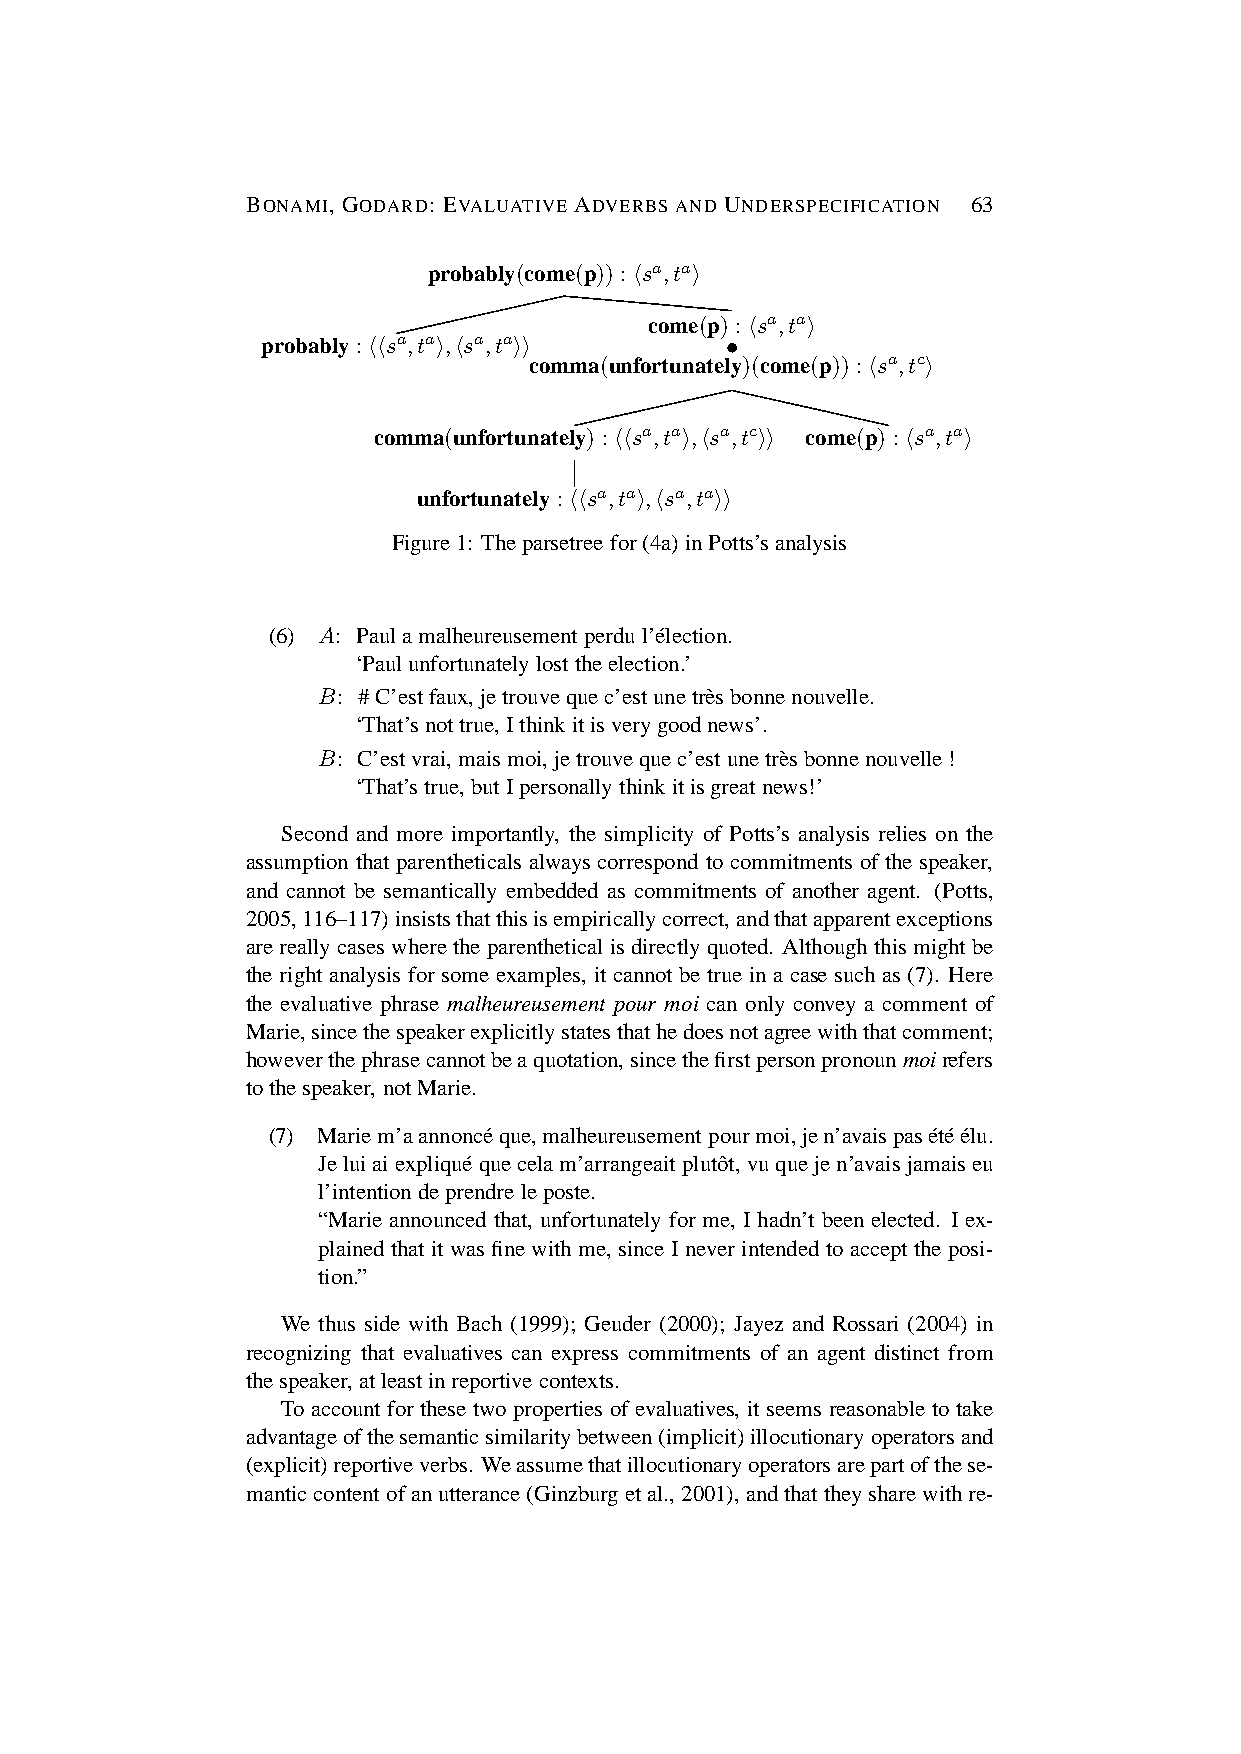
BONAMI, GODARD: EVALUATIVE ADVERBS AND UNDERSPECIFICATION 63
 probably(come(p)) :hsa,tai
 come(p) :hsa,tai
 probably :hhsa,tai,hsa,taii    •
 comma(unfortunately)(come(p)) :hsa,tci
 comma(unfortunately) :hhsa,tai,hsa,tcii come(p) :hsa,tai
 unfortunately :hhsa,tai,hsa,taii
 Figure1: Theparsetree for(4a)inPotts’sanalysis
 (6) A: Paulamalheureusement perdul’e´lection.
 ‘Paulunfortunately losttheelection.’
 B: #C’estfaux,jetrouvequec’estunetre`sbonnenouvelle.
 ‘That’snottrue,Ithinkitisverygoodnews’.
 B: C’estvrai,maismoi,jetrouvequec’estunetre`sbonnenouvelle!
 ‘That’strue,butIpersonally thinkitisgreatnews!’
 Second and more importantly, the simplicity of Potts’s analysis relies on the
 assumption that parentheticals always correspond to commitments of the speaker,
 and cannot be semantically embedded as commitments of another agent. (Potts,
 2005,116–117)insiststhatthisisempiricallycorrect,andthatapparentexceptions
 arereally caseswherethe parenthetical isdirectly quoted. Although this mightbe
 the right analysis for some examples, it cannot be true in a case such as (7). Here
 the evaluative phrase malheureusement pour moi can only convey a comment of
 Marie,sincethespeakerexplicitlystatesthathedoesnotagreewiththatcomment;
 howeverthephrasecannotbeaquotation,sincethefirstpersonpronounmoirefers
 tothespeaker, notMarie.
 (7) Mariem’aannonce´ que,malheureusementpourmoi,jen’avaispase´te´ e´lu.
 Jeluiaiexplique´ quecelam’arrangeait plutoˆt, vuquejen’avais jamaiseu
 l’intention deprendreleposte.
 “Marie announced that, unfortunately for me, I hadn’t been elected. I ex-
 plained that itwas finewithme, since Inever intended to accept the posi-
 tion.”
 We thus side with Bach (1999); Geuder (2000); Jayez and Rossari (2004) in
 recognizing that evaluatives can express commitments of an agent distinct from
 thespeaker, atleastinreportive contexts.
 Toaccount for these twoproperties ofevaluatives, itseems reasonable totake
 advantageofthesemanticsimilaritybetween(implicit)illocutionaryoperatorsand
 (explicit)reportiveverbs. Weassumethatillocutionaryoperatorsarepartofthese-
 manticcontent ofanutterance (Ginzburg etal.,2001),andthattheysharewithre-